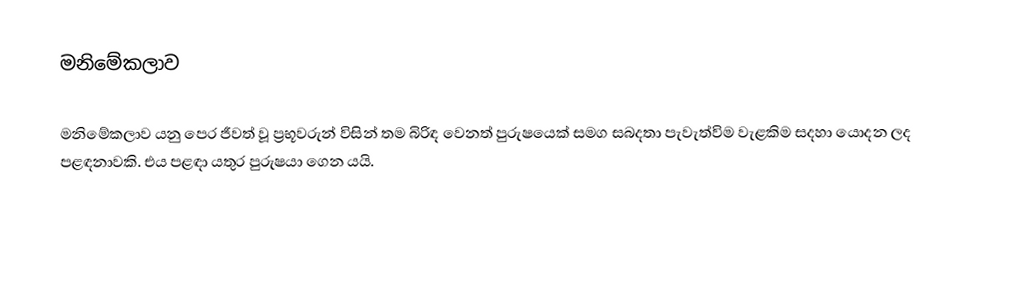
මනිමේකලාව

මනිමේකලාව යනු පෙර ජීවත් වූ ප්‍රභූවරුන් විසින් තම බිරිඳ වෙනත් පුරුෂයෙක් සමග සබදතා පැවැත්විම වැළකිම සදහා යොදන ලද පළඳනාවකි. එය පළඳා  යතුර පුරුෂයා ගෙන යයි.